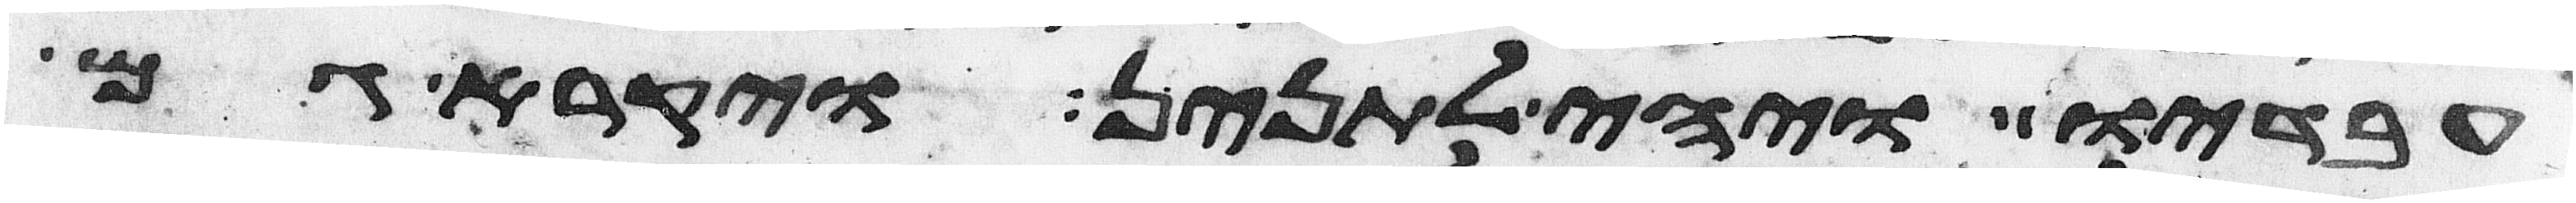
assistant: עבדיו ויהי לתנין ויקרא גם